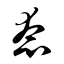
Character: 态